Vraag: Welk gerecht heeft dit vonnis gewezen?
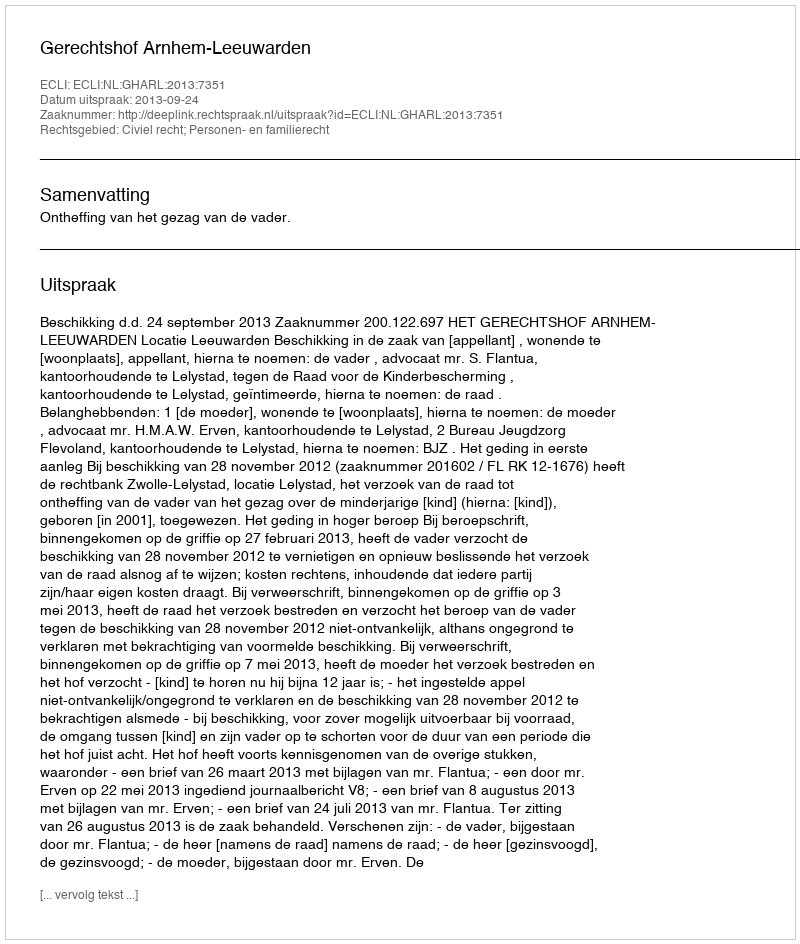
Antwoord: Gerechtshof Arnhem-Leeuwarden